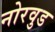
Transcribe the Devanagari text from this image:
नोरवुड